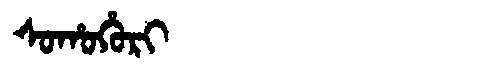
Manchu: ᠰᠣᡥᠣᡥᡠᡵᡳ
Romanization: SOHOHURI